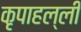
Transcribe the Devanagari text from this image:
कृपाहल्ली